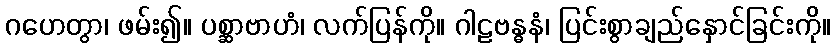
ဂဟေတွာ၊ ဖမ်း၍။ ပစ္ဆာဗာဟံ၊ လက်ပြန်ကို။ ဂါဠဗန္ဓနံ၊ ပြင်းစွာချည်နှောင်ခြင်းကို။